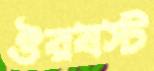
ঔরষস্ট